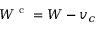
W ^ { \mathrm { ~ c ~ } } = W - v _ { c }